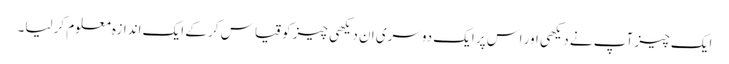
ایک چیز آپ نے دیکھی اور اس پر ایک دوسری ان دیکھی چیز کو قیاس کر کے ایک اندازہ معلوم کرلیا۔